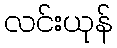
လင်းယုန်